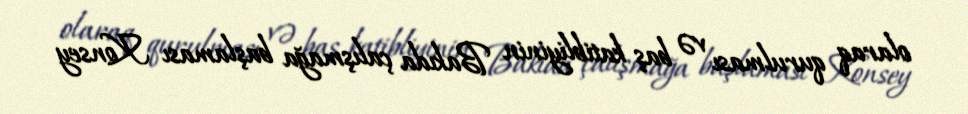
olaraq qurulması və baş katibliyinin Bakıda çalışmağa başlaması Konsey